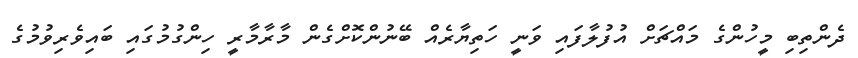
ދެންތިބި މީހުންގެ މައްޗަށް އުފުލާފައި ވަނީ ހަތިޔާރެއް ބޭނުންކޮށްގެން މާރާމާރީ ހިންގުމުގައި ބައިވެރިވުމުގެ